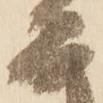
而